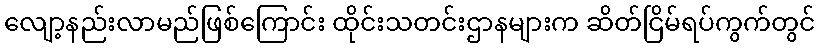
လျော့နည်းလာမည်ဖြစ်ကြောင်း ထိုင်းသတင်းဌာနများက ဆိတ်ငြိမ်ရပ်ကွက်တွင်